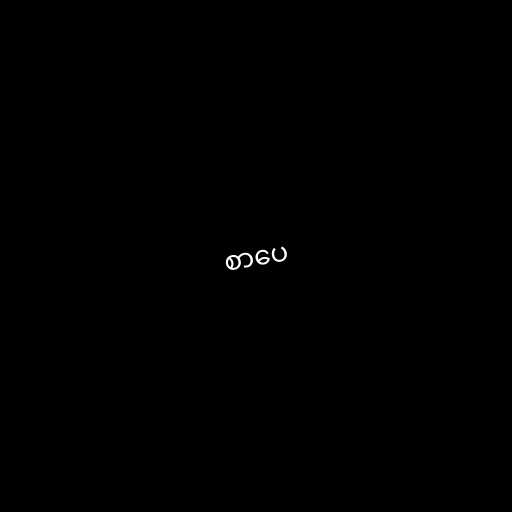
စာပေ